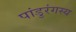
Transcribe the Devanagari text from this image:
पांडुरंगस्य